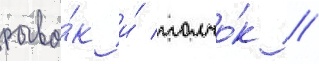
рыво́к и́ толчо́к //